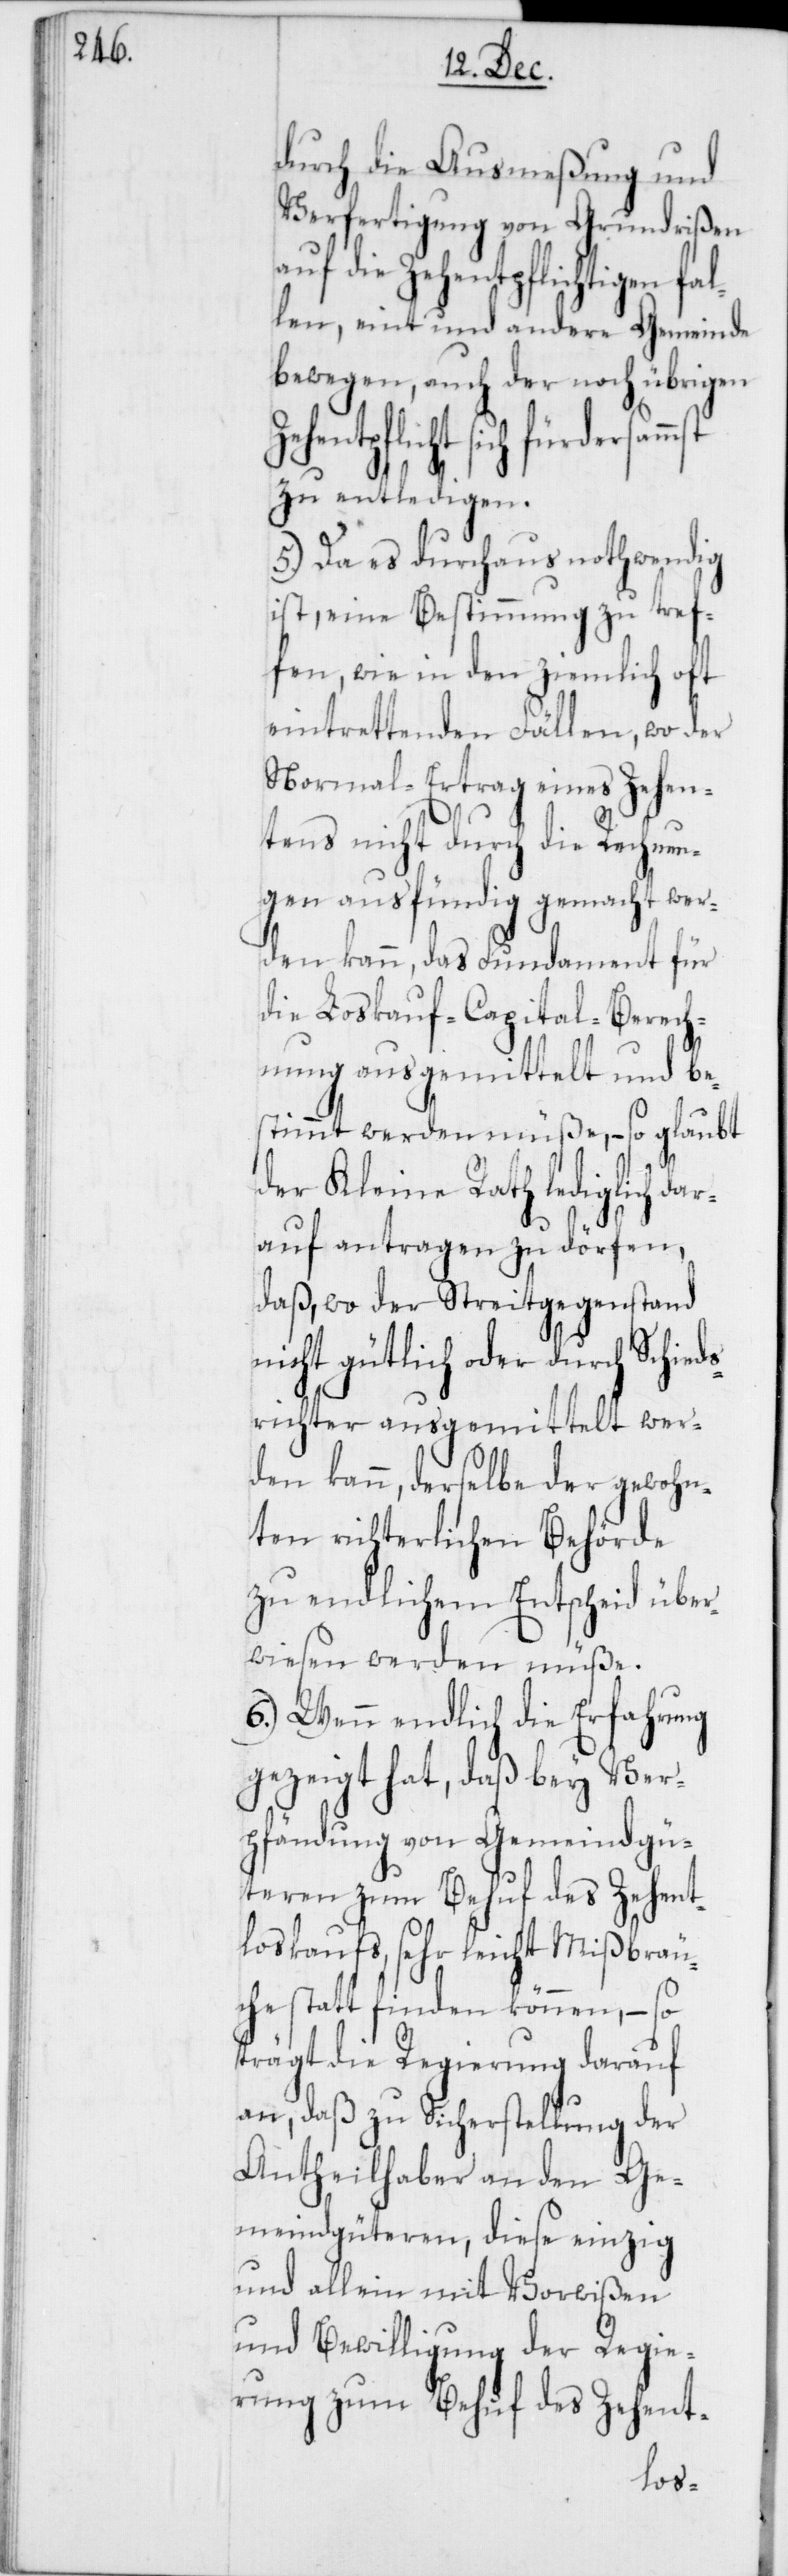
durch die Ausmeßung und
Verfertigung von Grundrißen
Zehentpflicht sich
llen, eint und andere Gemeinde
bewegen, auch der noch übrigen
zu entledigen.
5.) Da es durchaus nothwendig
ist, eine Bestimmung zu tref¬
fen, wie in den ziemlich oft
eintrettenden Fällen, wo der
Normal-Ertrag eines Zehen¬
tens nicht durch die Rechnun¬
gen ausfündig gemacht wer¬
den kann, das Fundament für
die Loskauf-Capital-Berech¬
nung ausgemittelt und be¬
stimmt werden müße, – so glaubt
der Kleine Rath lediglich dar¬
auf antragen zu dörfen,
daß, wo der Streitgegenstand
nicht gütlich oder durch Schieds¬
richter ausgemittelt wer¬
den kann, derselbe der gewohn¬
ten richterlichen Behörde
zu endlichem Entscheid über¬
wiesen werden müße.
6.) Wenn endlich die Erfahrung
gezeigt hat, daß bey Ver¬
pfändung von Gemeindgü¬
teren zum Behuf des Zehent¬
loskaufs, sehr leicht Mißbräu¬
che statt finden können, – so
trägt die Regierung darauf
an, daß zu Sicherstellung der
Antheilhaber an den Ge¬
meindgüteren, diese einzig
und allein mit Vorwißen
und Bewilligung der Regie¬
rung zum Behuf des Zehent-